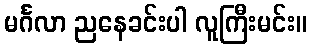
မင်္ဂလာ ညနေခင်းပါ လူကြီးမင်း။